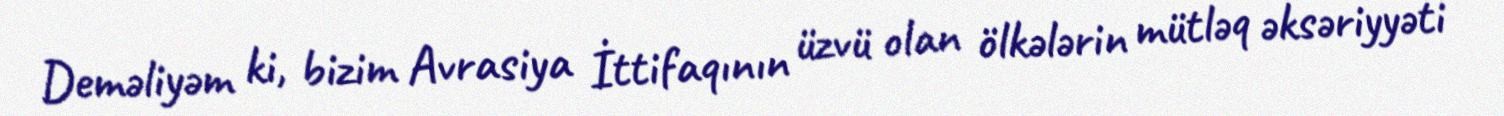
Deməliyəm ki, bizim Avrasiya İttifaqının üzvü olan ölkələrin mütləq əksəriyyəti